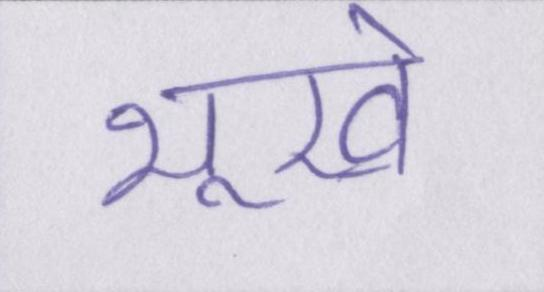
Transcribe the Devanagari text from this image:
भूखे